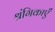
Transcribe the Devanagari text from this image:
श्रंगिकाएँ